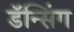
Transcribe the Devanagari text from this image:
डॅन्सिंग